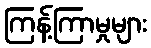
ကြန့်ကြာမှုများ